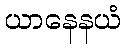
ယာနေနယံ